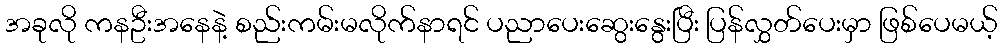
အခုလို ကနဦးအနေနဲ့ စည်းကမ်းမလိုက်နာရင် ပညာပေးဆွေးနွေးပြီး ပြန်လွှတ်ပေးမှာ ဖြစ်ပေမယ့်